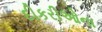
દીકરીઓના